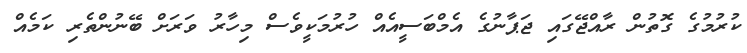
ކުރުމުގެ ގޮތުން ރާއްޖޭގައި ޖަޕާނުގެ އެމްބަސީއެއް ހުރުމަކީވެސް މިހާރު ވަރަށް ބޭނުންތެރި ކަމެއް